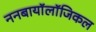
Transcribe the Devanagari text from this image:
ननबायाॅलाॅजिकल